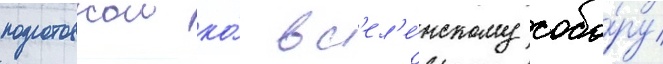
подготовкои ко́ вс'ел'е́нскому собо́ру